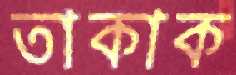
তাকাক